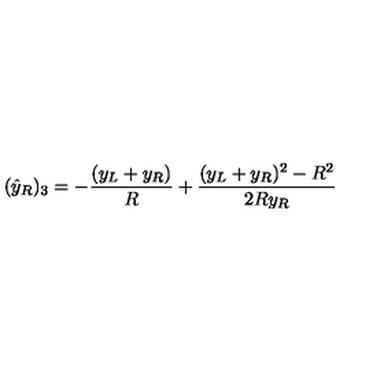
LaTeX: ( { \hat { y } } _ { R } ) _ { 3 } = - { \frac { ( y _ { L } + y _ { R } ) } { R } } + { \frac { ( y _ { L } + y _ { R } ) ^ { 2 } - R ^ { 2 } } { 2 R y _ { R } } }